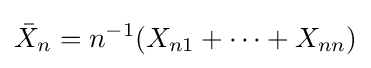
{\bar {X}}_{n}=n^{-1}(X_{n1}+\cdots +X_{nn})